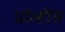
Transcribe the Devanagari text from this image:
प्रॉव्हींस